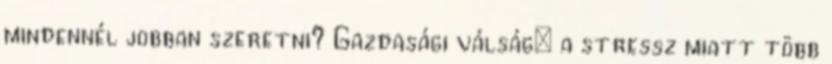
mindennél jobban szeretni? Gazdasági válság: a stressz miatt több